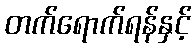
တက်ရောက်ရန်နှင့်